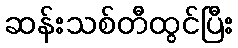
ဆန်းသစ်တီထွင်ပြီး